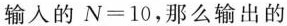
开始]输入的N=10，那么输出的